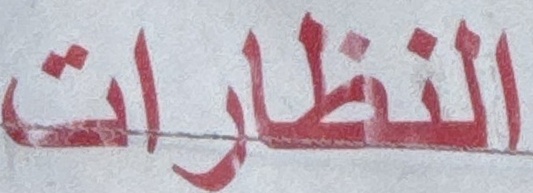
النظارات